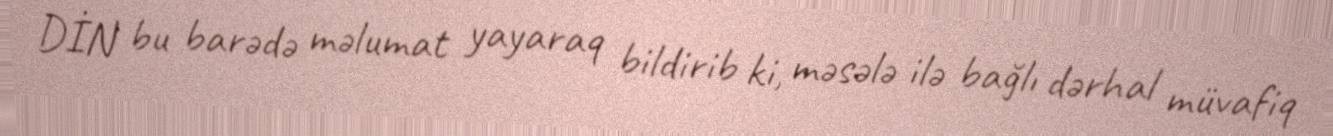
DİN bu barədə məlumat yayaraq bildirib ki, məsələ ilə bağlı dərhal müvafiq